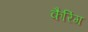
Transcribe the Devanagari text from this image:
कैरिंग